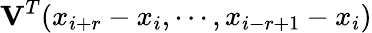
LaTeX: \mathbf{V}^{T}(x_{i+r}-x_{i},\cdots,x_{i-r+1}-x_{i})